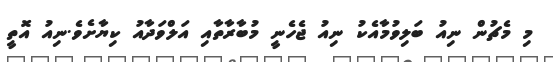
މި މެޗުން ނިއު ބަލިވުމާއެކު ނިއު ޖެހެނީ މުބާރާތާއި އަލްވަދާއު ކިޔާށެވެ.ނިއު އޮތީ